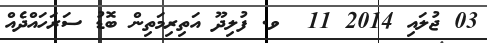
03 ޖުލައި 2014 11  ވ. ފުލިދޫ އަތިރިމަތިން ބޮޑު ސަރަހައްދެއް